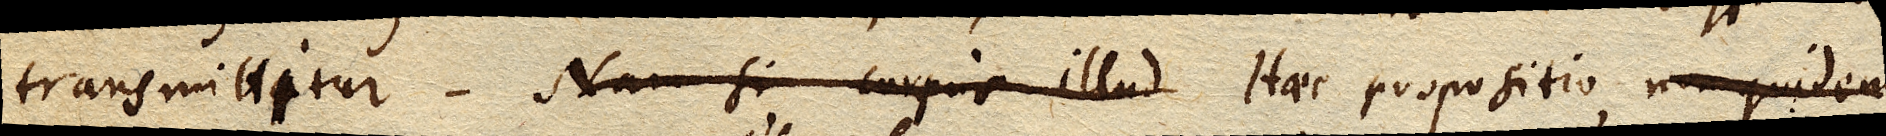
transmittitur. Nam si corpus illud Haec propositio non quidem